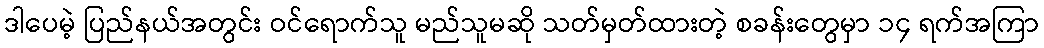
ဒါပေမဲ့ ပြည်နယ်အတွင်း ဝင်ရောက်သူ မည်သူမဆို သတ်မှတ်ထားတဲ့ စခန်းတွေမှာ ၁၄ ရက်အကြာ